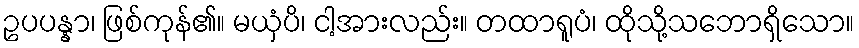
ဥပပန္နာ၊ ဖြစ်ကုန်၏။ မယှံပိ၊ ငါ့အားလည်း။ တထာရူပံ၊ ထိုသို့သဘောရှိသော။